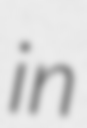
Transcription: in